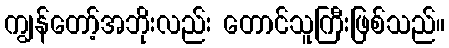
ကျွန်တော့်အဘိုးလည်း တောင်သူကြီးဖြစ်သည်။